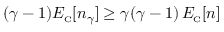
( \gamma - 1 ) E _ { \scriptscriptstyle \mathrm { C } } [ n _ { \gamma } ] \geq \gamma ( \gamma - 1 ) \, E _ { \scriptscriptstyle \mathrm { C } } [ n ]